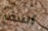
آسف